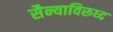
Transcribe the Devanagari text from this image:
सैन्याविरूध्द